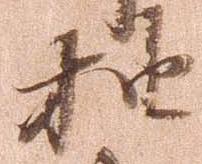
抽